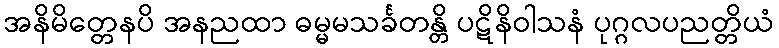
အနိမိတ္တေနပိ အနညထာ ဓမ္မမသင်္ခတန္တိ ပဋိနိဝါသနံ ပုဂ္ဂလပညတ္တိယံ